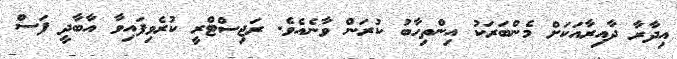
އިދާރާ ދާއިރާއަކަށް މެންބަރަކު އިންތިހާބު ކުރަން ވާނެެއެވެ. ރަޖިސްޓްރީ ކުރެވިފައިވާ އާބާދީ ފަސް